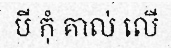
បី កុំ គាល់ លើ